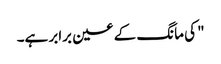
" کی مانگ کے عین برابر ہے۔